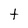
Character: t